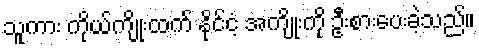
သူကား ကိုယ်ကျိုးထက် နိုင်ငံ့ အကျိုးကို ဦးစားပေးခဲ့သည်။